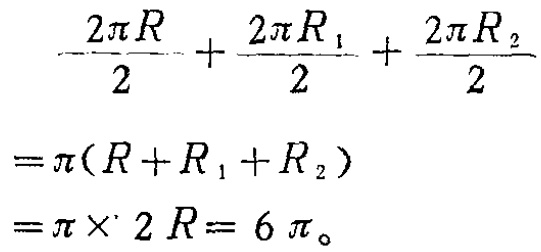
\[\begin{align*}
\frac{2\pi R}{2}+\frac{2\pi R_{1}}{2}+\frac{2\pi R_{2}}{2}&=\pi(R + R_{1}+R_{2})\\
&=\pi\times 2R = 6\pi。
\end{align*}\]